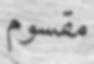
مقسوم